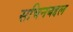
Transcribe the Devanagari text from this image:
सचिनबद्दल